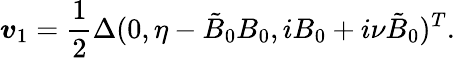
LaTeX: \boldsymbol{v}_{1}=\frac{1}{2}\Delta(0,\eta-\tilde{B}_{0}B_{0},iB_{0}+i\nu\tilde{B}_{0})^{T}.